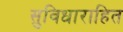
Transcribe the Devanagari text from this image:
सुविधाराहित